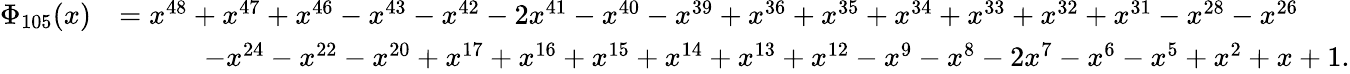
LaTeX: {\begin{array}{rl}{\Phi_{105}(x)}&{=x^{48}+x^{47}+x^{46}-x^{43}-x^{42}-2x^{41}-x^{40}-x^{39}+x^{36}+x^{35}+x^{34}+x^{33}+x^{32}+x^{31}-x^{28}-x^{26}}\\ &{\qquad\quad-x^{24}-x^{22}-x^{20}+x^{17}+x^{16}+x^{15}+x^{14}+x^{13}+x^{12}-x^{9}-x^{8}-2x^{7}-x^{6}-x^{5}+x^{2}+x+1.}\end{array}}